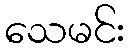
သေမင်း